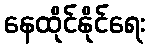
နေထိုင်နိုင်ရေး